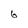
Character: 6